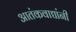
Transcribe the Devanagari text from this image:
आतंकवाद्यांनी